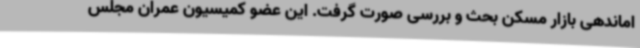
اماندهی بازار مسکن بحث و بررسی صورت گرفت. این عضو کمیسیون عمران مجلس